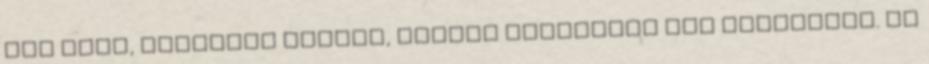
egy kört, négyfelé osztva, minden cikkelybe egy szimbólum. De